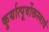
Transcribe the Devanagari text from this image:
कुर्यात्पूर्वोक्तस्यार्धं